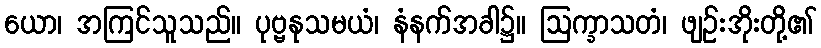
ယော၊ အကြင်သူသည်။ ပုဗ္ဗနုသမယံ၊ နံနက်အခါ၌။ ဩက္ခာသတံ၊ ဖျဉ်းအိုးတို့၏